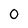
Character: 0